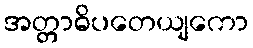
အတ္တာဓိပတေယျကော